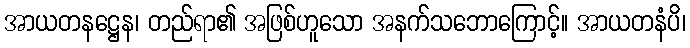
အာယတနဋ္ဌေန၊ တည်ရာ၏ အဖြစ်ဟူသော အနက်သဘောကြောင့်။ အာယတနံပိ၊